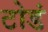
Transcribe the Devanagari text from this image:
टोडं